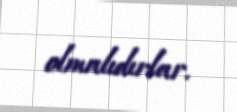
olmalıdırlar.